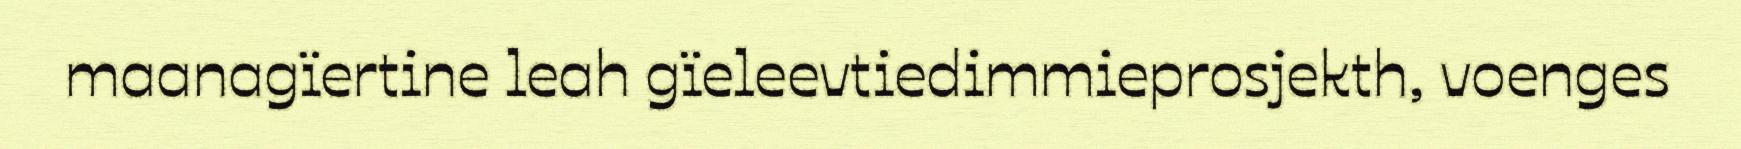
maanagïertine leah gïeleevtiedimmieprosjekth, voenges